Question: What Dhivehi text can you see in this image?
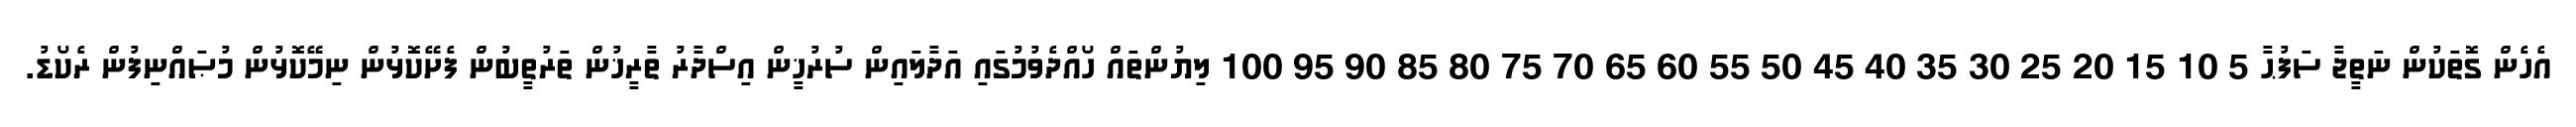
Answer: އެހެން ގޮތަކުން ނަތީޖާ ސަފުޙާ 5 10 15 20 25 30 35 40 45 50 55 60 65 70 75 80 85 90 95 100 ލިޔުންތައް ހޯއްދެވުމުގައި އަދާލައިން ސުރުޚީން އިސްދާރު ތާރީޚުން ތަރުތީބުން ފެށޭކޮޅުން ނިމޭކޮޅުން މުޞައްނިފުން ރެކޯޑު.